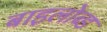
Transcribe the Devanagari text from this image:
बाइलोब्ड